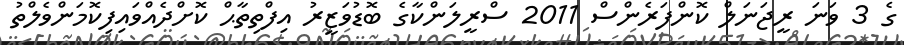
ގެ 3 ވަނަ ރީޖަނަލް ކޮންފަރެންސް 2011 ސްރީލަންކާގެ ބޮޑުވަޒީރު އިފްތިތާޙް ކޮށްދެއްވައިފިކޮމަންވެލްތު